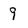
Character: 9